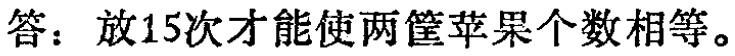
答：放15次才能使两筐苹果个数相等。